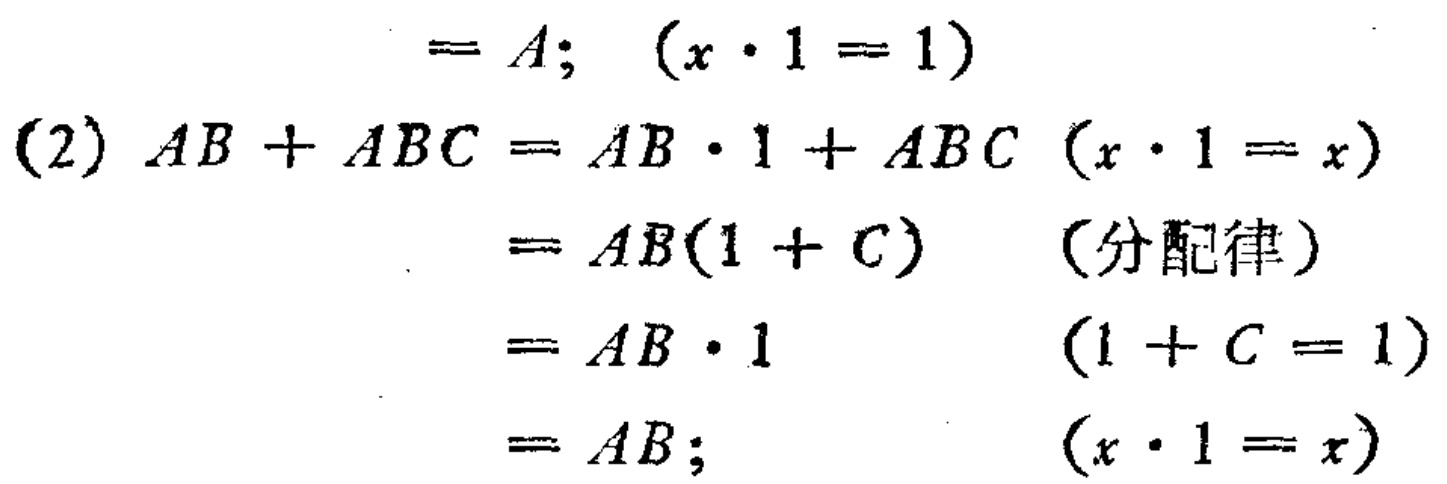
\begin{align*}

&= A; \quad (x\cdot1 = 1)\\

(2)\ AB + ABC &= AB\cdot1 + ABC \quad (x\cdot1 = x)\\

&= AB(1 + C) \quad \text{(分配律)}\\

&= AB\cdot1 \quad (1 + C = 1)\\

&= AB; \quad (x\cdot1 = x)

\end{align*}